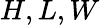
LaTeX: H,L,W